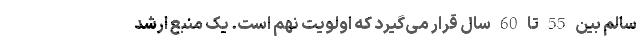
سالم بین 55 تا 60 سال قرار می‌گیرد که اولویت نهم است. یک منبع ارشد